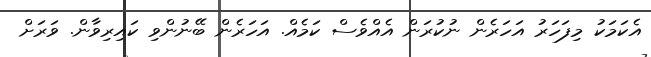
އެކަމަކު މިފަހަރު އަހަރެން ނުކުރަން އެއްވެސް ކަމެއް. އަހަރެން ބޭނުންވި ކައިރިވާން. ވަރަށް